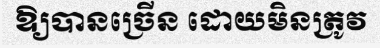
ឱ្យបានច្រើន ដោយមិនត្រូវ